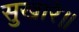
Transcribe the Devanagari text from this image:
सुखारे॥